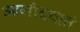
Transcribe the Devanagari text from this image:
आनीदवातं